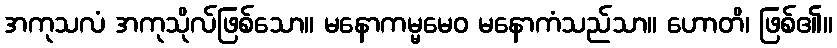
အကုသလံ အကုသိုလ်ဖြစ်သော။ မနောကမ္မမေဝ မနောကံသည်သာ။ ဟောတိ၊ ဖြစ်၏။